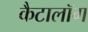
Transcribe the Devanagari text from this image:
कैटालॉग